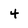
Character: 4